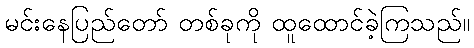
မင်းနေပြည်တော် တစ်ခုကို ထူထောင်ခဲ့ကြသည်။